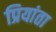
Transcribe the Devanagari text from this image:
प्रियांता